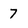
Character: 7